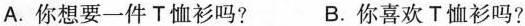
( )3.Would you like a T-shirt?